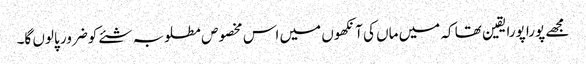
مجھے پورا پورا یقین تھا کہ میں ماں کی آنکھوں میں اس مخصوص مطلوبہ شئے کو ضرور پالوں گا۔